Report on the lunatic asylums under the Government of Bombay - 1904-1913
Year: 1904
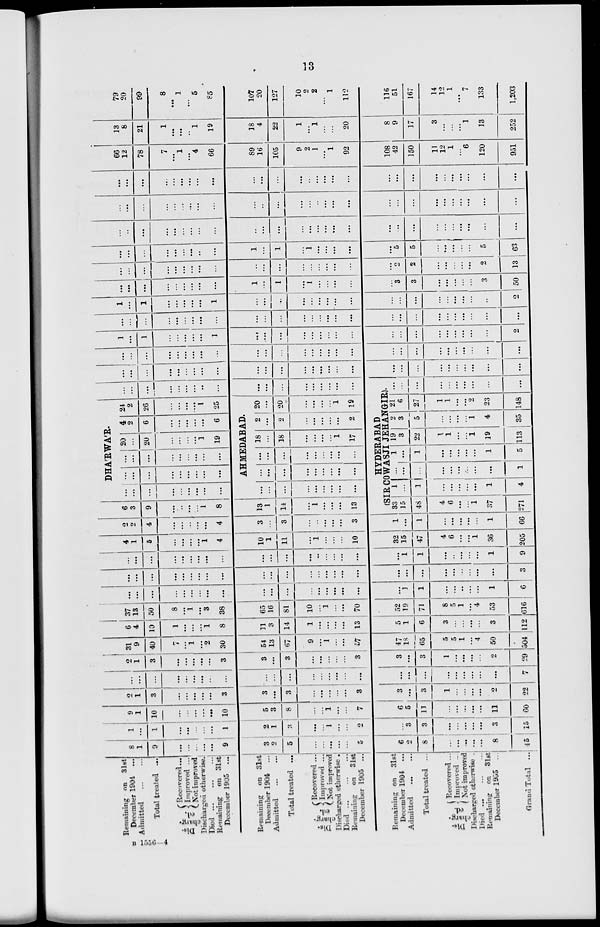
13
Remaining on 31st
December 1904 ...
Admitted
...
...
Total treated ...
Dis-
chareg.
ed.
Recovered ...
Improved ...
Not improved
Discharged otherwise.
Died
...
...
...
Remaining on 31st
December 1905
...
Remaining on 31st
December 1904 ...
Admitted
...
...
Total treated ...
Dis-
charg-
ed.
Recovered ...
Improved ...
Not improved
Discharged otherwise.
Died
...
...
...
Remaining on 31st
December 1905 ...
Remaining on
31st
December 1904 ...
Admitted ... ...
Total treated ...
Dis-
charg-
ed.
Recovered ...
Improved ...
Not improved
Discharged otherwise.
Died
...
...
...
Remaining on 31st
December 1905
...
Grand Total
...
8
1
9
...
...
...
...
...
9
3
2
5
...
...
...
...
...
5
6
2
8
...
...
...
...
...
8
45
1
...
1
...
...
...
...
...
1
2
1
3
...
...
1
...
...
2
...
3
3
...
...
...
...
...
3
15
9
1
10
...
...
...
...
...
10
5
3
8
...
...
1
...
...
7
6
5
11
...
...
...
...
...
11
60
2
1
3
...
...
...
...
...
3
3
...
3
...
...
...
...
...
3
3
...
3
1
...
...
...
...
2
22
...
...
...
...
...
...
...
...
...
...
...
...
...
...
...
...
...
...
...
...
...
...
...
...
...
...
...
7
2
1
3
...
...
...
...
...
3
3
...
3
...
...
...
...
...
3
3
...
3
1
...
...
...
...
2
29
31
9
40
7
...
1
...
2
30
54
13
67
9
...
1
...
...
57
47
18
65
5
5
1
...
4
50
504
6
4
10
1
...
...
...
1
8
11
3
14
1
...
...
...
...
13
5
1
6
3
...
...
...
...
3
112
37
13
50
8
...
1
...
3
38
65
16
81
10
...
1
...
...
70
52
19
71
8
5
1
...
4
53
616
...
...
...
...
...
...
...
...
...
...
...
...
...
...
...
...
...
...
...
1
1
...
...
...
...
...
1
6
...
...
...
...
...
...
...
...
...
...
...
...
...
...
...
...
...
...
...
...
...
...
...
...
...
...
...
3
...
...
...
...
...
...
...
...
...
...
...
...
...
...
...
...
...
...
...
1
1
...
..
...
...
...
1
9
4
1
5
...
...
...
...
1
4
10
1
11
...
1
...
...
...
10
32
15
47
4
6
...
...
1
36
205
2
2
4
...
...
...
...
...
4
3
...
3
...
...
...
...
...
3
1
...
1
...
...
...
...
...
1
66
6
3
9
...
...
...
...
1
8
13
1
14
...
1
...
...
...
13
DHA'RWA'R.
...
...
...
...
...
...
...
...
...
...
...
...
...
...
...
...
...
...
...
...
...
...
...
...
...
...
...
...
...
...
...
...
...
...
...
...
20
...
20
...
...
...
...
1
19
4
2
6
...
...
...
...
...
6
AHMEDABAD.
...
...
...
...
...
...
...
...
...
...
...
...
...
...
...
...
...
...
18
...
18
...
...
...
...
1
17
2
...
2
...
...
...
...
...
2
24
2
26
...
...
...
...
1
25
20
...
20
...
...
...
...
1
19
...
...
...
...
...
...
...
...
...
...
...
...
...
...
...
...
...
...
HYDERABAD
(SIR COWASJI JEHANGIR)
33
15
48
4
6
...
...
1
37
271
1
...
1
...
...
...
...
...
1
4
...
...
...
...
...
...
...
...
...
1
1
...
1
...
...
...
...
...
1
5
19
3
22
1
1
...
...
1
19
113
2
3
5
...
...
...
...
1
4
35
21
6
27
1
1
...
...
2
23
148
...
...
...
...
...
...
...
...
...
...
...
...
...
...
...
...
...
...
...
...
...
...
...
...
...
...
...
...
...
...
...
...
...
...
...
...
...
...
...
...
...
...
...
...
...
...
...
...
...
...
...
...
...
...
...
...
...
...
...
...
...
...
...
...
...
...
1
...
1
...
...
...
...
...
1
...
....
...
...
...
...
...
...
...
...
...
...
...
...
...
...
...
2
...
...
...
...
...
...
...
...
...
...
...
...
...
...
...
...
...
...
...
...
...
...
...
...
...
...
...
...
1
...
1
...
...
...
...
...
1
...
...
...
...
...
...
...
...
...
...
...
...
...
...
...
...
...
..
2
...
...
...
...
...
...
...
...
...
1
...
1
...
1
...
...
...
...
...
3
3
...
...
...
...
...
3
50
...
...
...
...
...
...
...
...
...
...
...
...
...
...
...
...
...
...
...
2
2
...
...
...
...
...
2
13
...
...
...
...
...
...
...
..
...
1
...
1
...
1
...
...
...
...
...
5
5
...
...
...
...
...
5
63
...
..
...
...
...
...
...
...
...
...
...
...
...
...
...
...
...
...
...
...
...
...
...
...
...
...
...
...
...
...
...
...
...
...
...
...
...
...
...
...
...
...
..
...
...
...
...
...
...
...
...
...
...
...
...
...
...
...
...
...
...
...
...
...
...
...
...
...
...
...
...
...
...
...
...
...
...
...
...
...
...
...
...
...
66
12
78
7
...
1
...
4
66
89
16
105
9
2
1
...
1
92
108
42
150
11
12
1
...
6
120
951
13
8
21
1
...
...
...
1
19
18
4
22
1
...
1
...
...
20
8
9
17
3
...
...
...
1
13
252
79
20
99
8
...
1
...
5
85
107
20
127
10
2
2
...
1
112
116
51
167
14
12
1
...
7
133
1,203
B 1556—4